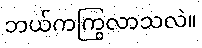
ဘယ်ကကြွလာသလဲ။